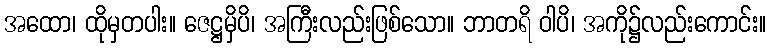
အထော၊ ထိုမှတပါး။ ဇေဋ္ဌမှိပိ၊ အကြီးလည်းဖြစ်သော။ ဘာတရိ ဝါပိ၊ အကို၌လည်းကောင်း။